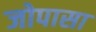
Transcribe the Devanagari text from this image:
जोपासा